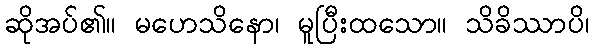
ဆိုအပ်၏။ မဟေသိနော၊ မူပြီးထသော။ သိခိဿာပိ၊